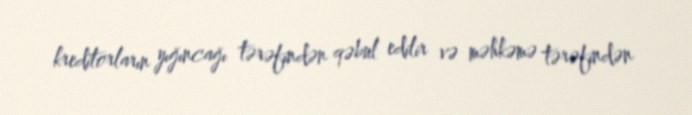
kreditorların yığıncağı tərəfindən qəbul edilir və məhkəmə tərəfindən